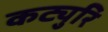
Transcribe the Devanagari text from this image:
कट्युरि